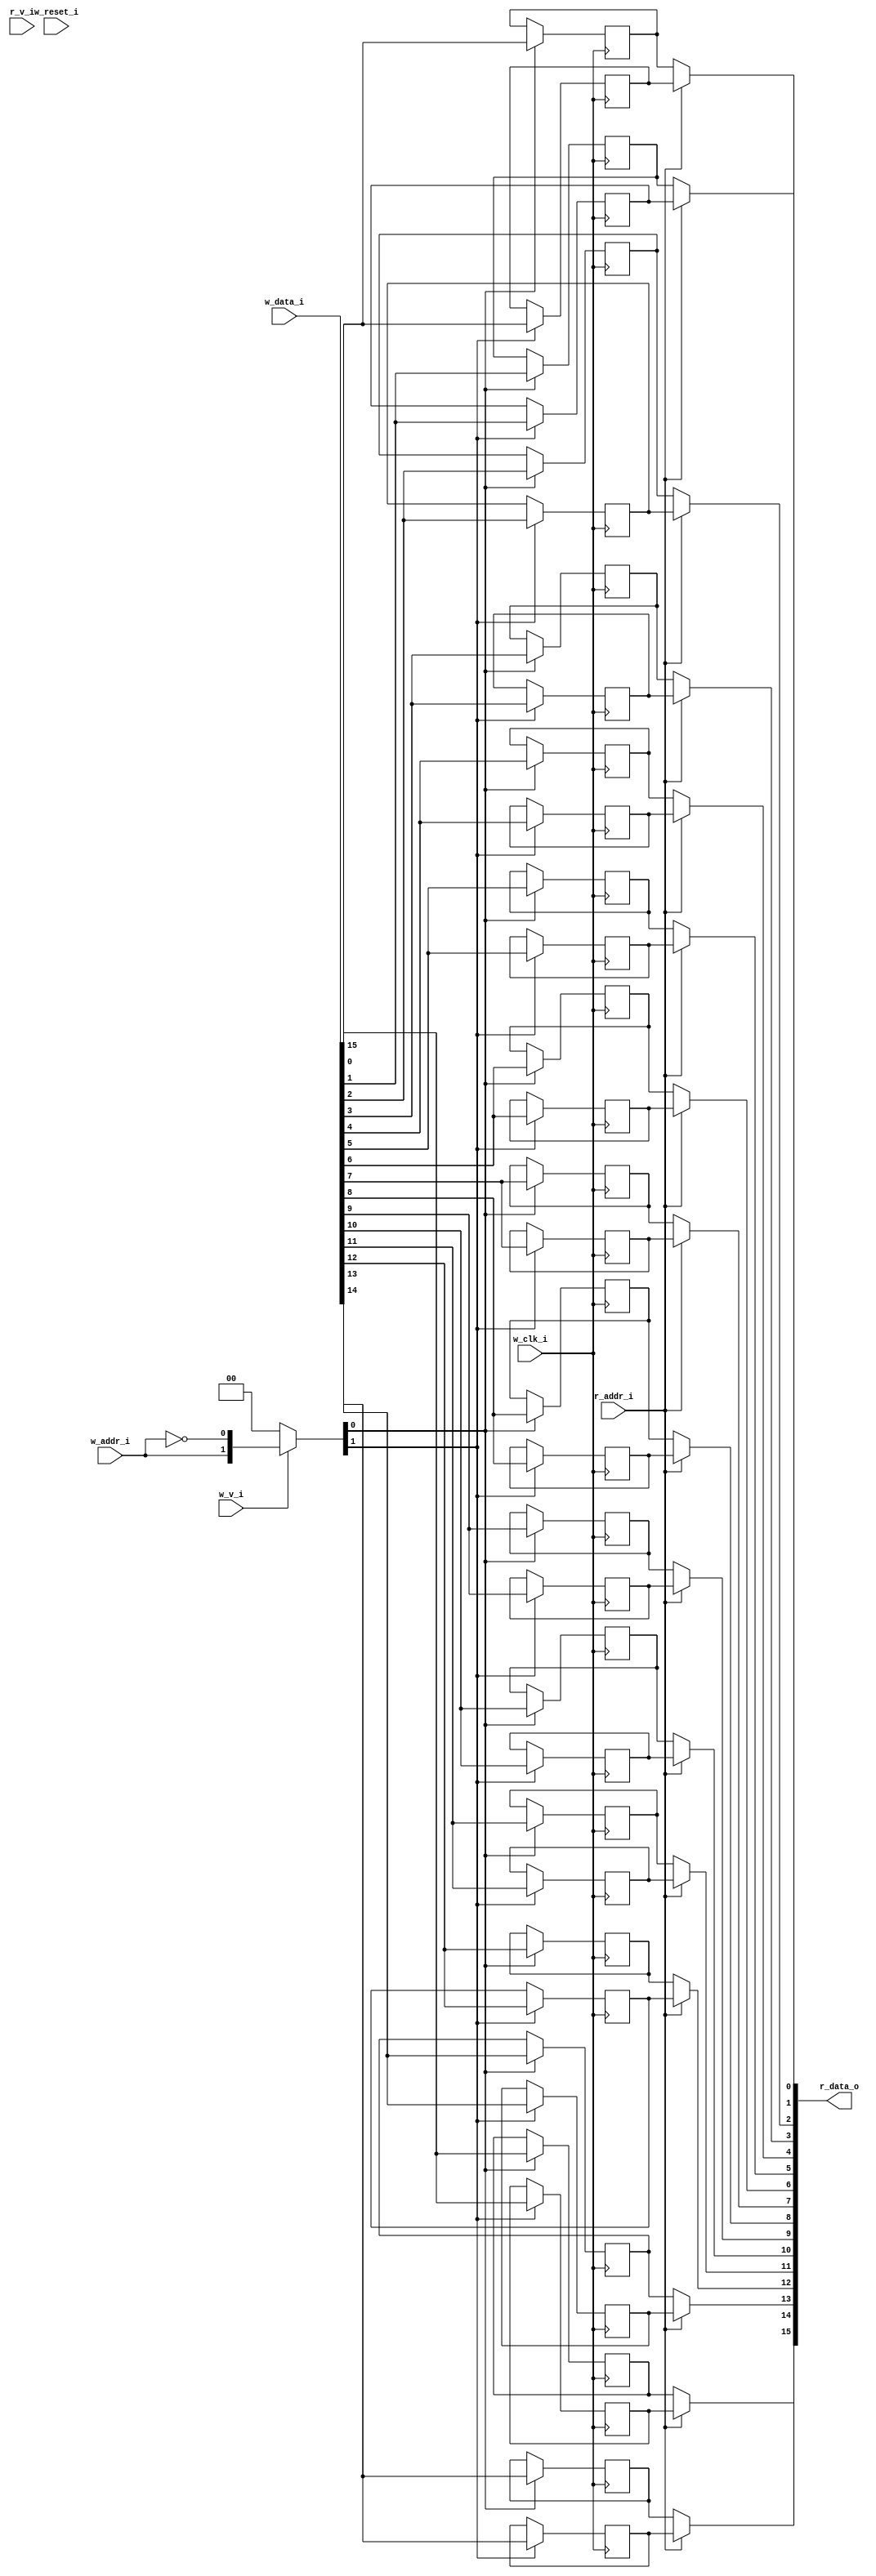
module bsg_mem_1r1w_synth_width_p16_els_p2_read_write_same_addr_p0_harden_p0
(
  w_clk_i,
  w_reset_i,
  w_v_i,
  w_addr_i,
  w_data_i,
  r_v_i,
  r_addr_i,
  r_data_o
);

  input [0:0] w_addr_i;
  input [15:0] w_data_i;
  input [0:0] r_addr_i;
  output [15:0] r_data_o;
  input w_clk_i;
  input w_reset_i;
  input w_v_i;
  input r_v_i;
  wire [15:0] r_data_o;
  wire N0,N1,N2,N3,N4,N5,N7,N8;
  wire [31:0] mem;
  reg mem_31_sv2v_reg,mem_30_sv2v_reg,mem_29_sv2v_reg,mem_28_sv2v_reg,mem_27_sv2v_reg,
  mem_26_sv2v_reg,mem_25_sv2v_reg,mem_24_sv2v_reg,mem_23_sv2v_reg,mem_22_sv2v_reg,
  mem_21_sv2v_reg,mem_20_sv2v_reg,mem_19_sv2v_reg,mem_18_sv2v_reg,mem_17_sv2v_reg,
  mem_16_sv2v_reg,mem_15_sv2v_reg,mem_14_sv2v_reg,mem_13_sv2v_reg,mem_12_sv2v_reg,
  mem_11_sv2v_reg,mem_10_sv2v_reg,mem_9_sv2v_reg,mem_8_sv2v_reg,mem_7_sv2v_reg,
  mem_6_sv2v_reg,mem_5_sv2v_reg,mem_4_sv2v_reg,mem_3_sv2v_reg,mem_2_sv2v_reg,
  mem_1_sv2v_reg,mem_0_sv2v_reg;
  assign mem[31] = mem_31_sv2v_reg;
  assign mem[30] = mem_30_sv2v_reg;
  assign mem[29] = mem_29_sv2v_reg;
  assign mem[28] = mem_28_sv2v_reg;
  assign mem[27] = mem_27_sv2v_reg;
  assign mem[26] = mem_26_sv2v_reg;
  assign mem[25] = mem_25_sv2v_reg;
  assign mem[24] = mem_24_sv2v_reg;
  assign mem[23] = mem_23_sv2v_reg;
  assign mem[22] = mem_22_sv2v_reg;
  assign mem[21] = mem_21_sv2v_reg;
  assign mem[20] = mem_20_sv2v_reg;
  assign mem[19] = mem_19_sv2v_reg;
  assign mem[18] = mem_18_sv2v_reg;
  assign mem[17] = mem_17_sv2v_reg;
  assign mem[16] = mem_16_sv2v_reg;
  assign mem[15] = mem_15_sv2v_reg;
  assign mem[14] = mem_14_sv2v_reg;
  assign mem[13] = mem_13_sv2v_reg;
  assign mem[12] = mem_12_sv2v_reg;
  assign mem[11] = mem_11_sv2v_reg;
  assign mem[10] = mem_10_sv2v_reg;
  assign mem[9] = mem_9_sv2v_reg;
  assign mem[8] = mem_8_sv2v_reg;
  assign mem[7] = mem_7_sv2v_reg;
  assign mem[6] = mem_6_sv2v_reg;
  assign mem[5] = mem_5_sv2v_reg;
  assign mem[4] = mem_4_sv2v_reg;
  assign mem[3] = mem_3_sv2v_reg;
  assign mem[2] = mem_2_sv2v_reg;
  assign mem[1] = mem_1_sv2v_reg;
  assign mem[0] = mem_0_sv2v_reg;
  assign r_data_o[15] = (N3)? mem[15] : 
                        (N0)? mem[31] : 1'b0;
  assign N0 = r_addr_i[0];
  assign r_data_o[14] = (N3)? mem[14] : 
                        (N0)? mem[30] : 1'b0;
  assign r_data_o[13] = (N3)? mem[13] : 
                        (N0)? mem[29] : 1'b0;
  assign r_data_o[12] = (N3)? mem[12] : 
                        (N0)? mem[28] : 1'b0;
  assign r_data_o[11] = (N3)? mem[11] : 
                        (N0)? mem[27] : 1'b0;
  assign r_data_o[10] = (N3)? mem[10] : 
                        (N0)? mem[26] : 1'b0;
  assign r_data_o[9] = (N3)? mem[9] : 
                       (N0)? mem[25] : 1'b0;
  assign r_data_o[8] = (N3)? mem[8] : 
                       (N0)? mem[24] : 1'b0;
  assign r_data_o[7] = (N3)? mem[7] : 
                       (N0)? mem[23] : 1'b0;
  assign r_data_o[6] = (N3)? mem[6] : 
                       (N0)? mem[22] : 1'b0;
  assign r_data_o[5] = (N3)? mem[5] : 
                       (N0)? mem[21] : 1'b0;
  assign r_data_o[4] = (N3)? mem[4] : 
                       (N0)? mem[20] : 1'b0;
  assign r_data_o[3] = (N3)? mem[3] : 
                       (N0)? mem[19] : 1'b0;
  assign r_data_o[2] = (N3)? mem[2] : 
                       (N0)? mem[18] : 1'b0;
  assign r_data_o[1] = (N3)? mem[1] : 
                       (N0)? mem[17] : 1'b0;
  assign r_data_o[0] = (N3)? mem[0] : 
                       (N0)? mem[16] : 1'b0;

  always @(posedge w_clk_i) begin
    if(N8) begin
      mem_31_sv2v_reg <= w_data_i[15];
    end 
  end


  always @(posedge w_clk_i) begin
    if(N8) begin
      mem_30_sv2v_reg <= w_data_i[14];
    end 
  end


  always @(posedge w_clk_i) begin
    if(N8) begin
      mem_29_sv2v_reg <= w_data_i[13];
    end 
  end


  always @(posedge w_clk_i) begin
    if(N8) begin
      mem_28_sv2v_reg <= w_data_i[12];
    end 
  end


  always @(posedge w_clk_i) begin
    if(N8) begin
      mem_27_sv2v_reg <= w_data_i[11];
    end 
  end


  always @(posedge w_clk_i) begin
    if(N8) begin
      mem_26_sv2v_reg <= w_data_i[10];
    end 
  end


  always @(posedge w_clk_i) begin
    if(N8) begin
      mem_25_sv2v_reg <= w_data_i[9];
    end 
  end


  always @(posedge w_clk_i) begin
    if(N8) begin
      mem_24_sv2v_reg <= w_data_i[8];
    end 
  end


  always @(posedge w_clk_i) begin
    if(N8) begin
      mem_23_sv2v_reg <= w_data_i[7];
    end 
  end


  always @(posedge w_clk_i) begin
    if(N8) begin
      mem_22_sv2v_reg <= w_data_i[6];
    end 
  end


  always @(posedge w_clk_i) begin
    if(N8) begin
      mem_21_sv2v_reg <= w_data_i[5];
    end 
  end


  always @(posedge w_clk_i) begin
    if(N8) begin
      mem_20_sv2v_reg <= w_data_i[4];
    end 
  end


  always @(posedge w_clk_i) begin
    if(N8) begin
      mem_19_sv2v_reg <= w_data_i[3];
    end 
  end


  always @(posedge w_clk_i) begin
    if(N8) begin
      mem_18_sv2v_reg <= w_data_i[2];
    end 
  end


  always @(posedge w_clk_i) begin
    if(N8) begin
      mem_17_sv2v_reg <= w_data_i[1];
    end 
  end


  always @(posedge w_clk_i) begin
    if(N8) begin
      mem_16_sv2v_reg <= w_data_i[0];
    end 
  end


  always @(posedge w_clk_i) begin
    if(N7) begin
      mem_15_sv2v_reg <= w_data_i[15];
    end 
  end


  always @(posedge w_clk_i) begin
    if(N7) begin
      mem_14_sv2v_reg <= w_data_i[14];
    end 
  end


  always @(posedge w_clk_i) begin
    if(N7) begin
      mem_13_sv2v_reg <= w_data_i[13];
    end 
  end


  always @(posedge w_clk_i) begin
    if(N7) begin
      mem_12_sv2v_reg <= w_data_i[12];
    end 
  end


  always @(posedge w_clk_i) begin
    if(N7) begin
      mem_11_sv2v_reg <= w_data_i[11];
    end 
  end


  always @(posedge w_clk_i) begin
    if(N7) begin
      mem_10_sv2v_reg <= w_data_i[10];
    end 
  end


  always @(posedge w_clk_i) begin
    if(N7) begin
      mem_9_sv2v_reg <= w_data_i[9];
    end 
  end


  always @(posedge w_clk_i) begin
    if(N7) begin
      mem_8_sv2v_reg <= w_data_i[8];
    end 
  end


  always @(posedge w_clk_i) begin
    if(N7) begin
      mem_7_sv2v_reg <= w_data_i[7];
    end 
  end


  always @(posedge w_clk_i) begin
    if(N7) begin
      mem_6_sv2v_reg <= w_data_i[6];
    end 
  end


  always @(posedge w_clk_i) begin
    if(N7) begin
      mem_5_sv2v_reg <= w_data_i[5];
    end 
  end


  always @(posedge w_clk_i) begin
    if(N7) begin
      mem_4_sv2v_reg <= w_data_i[4];
    end 
  end


  always @(posedge w_clk_i) begin
    if(N7) begin
      mem_3_sv2v_reg <= w_data_i[3];
    end 
  end


  always @(posedge w_clk_i) begin
    if(N7) begin
      mem_2_sv2v_reg <= w_data_i[2];
    end 
  end


  always @(posedge w_clk_i) begin
    if(N7) begin
      mem_1_sv2v_reg <= w_data_i[1];
    end 
  end


  always @(posedge w_clk_i) begin
    if(N7) begin
      mem_0_sv2v_reg <= w_data_i[0];
    end 
  end

  assign N5 = ~w_addr_i[0];
  assign { N8, N7 } = (N1)? { w_addr_i[0:0], N5 } : 
                      (N2)? { 1'b0, 1'b0 } : 1'b0;
  assign N1 = w_v_i;
  assign N2 = N4;
  assign N3 = ~r_addr_i[0];
  assign N4 = ~w_v_i;

endmodule